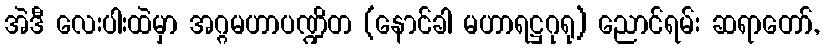
အဲဒီ လေးပါးထဲမှာ အဂ္ဂမဟာပဏ္ဍိတ (နောင်ခါ မဟာရဋ္ဌဂုရု) ညောင်ရမ်း ဆရာတော်,